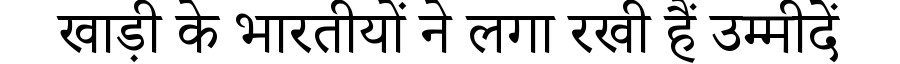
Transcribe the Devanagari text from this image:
खाड़ी के भारतीयों ने लगा रखी हैं उम्मीदें